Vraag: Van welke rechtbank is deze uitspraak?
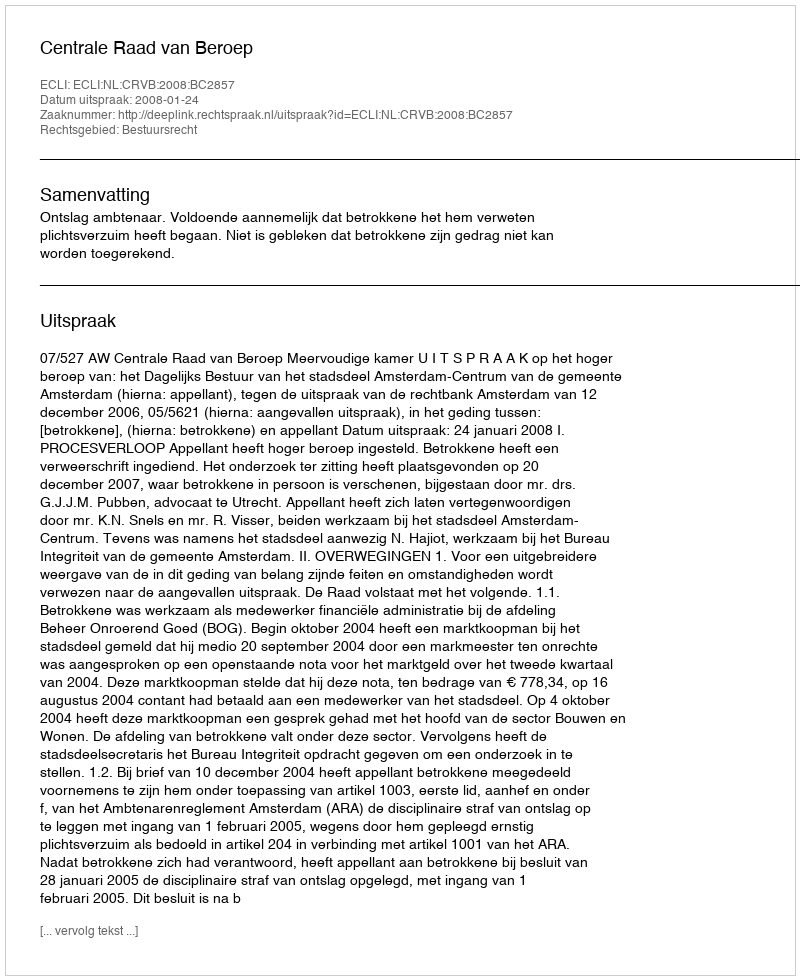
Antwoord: Centrale Raad van Beroep